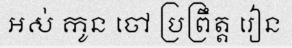
អស់ កូន ចៅ ប្រព្រឹត្ត រៀន